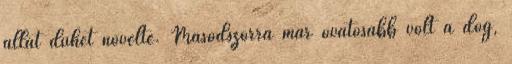
állat dühét növelte. Másodszorra már óvatosabb volt a dög,